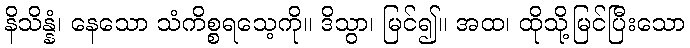
နိသိန္နံ၊ နေသော သံကိစ္စရသေ့ကို။ ဒိသွာ၊ မြင်၍။ အထ၊ ထိုသို့မြင်ပြီးသော